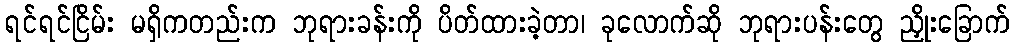
ရင်ရင်ငြိမ်း မရှိကတည်းက ဘုရားခန်းကို ပိတ်ထားခဲ့တာ၊ ခုလောက်ဆို ဘုရားပန်းတွေ ညှိုးခြောက်